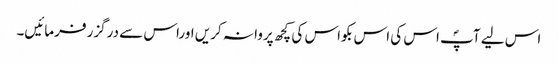
اس لیے آپؐ اس کی اس بکواس کی کچھ پروا نہ کریں اوراس سے درگزر فرمائیں۔